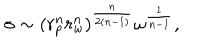
\sigma \sim ( r _ { p } ^ { n } r _ { w } ^ { n } ) ^ { \frac { n } { 2 ( n - 1 ) } } \omega ^ { \frac { 1 } { n - 1 } } ,